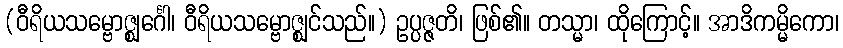
(ဝီရိယသမ္ဗောဇ္ဈင်္ဂေါ၊ ဝီရိယသမ္ဗောဇ္ဈင်သည်။) ဥပ္ပဇ္ဇတိ၊ ဖြစ်၏။ တသ္မာ၊ ထိုကြောင့်။ အာဒိကမ္မိကော၊